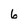
Character: 6